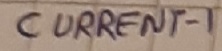
Text: CURRENT-1